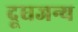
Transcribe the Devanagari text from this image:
दूधजन्य